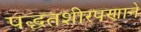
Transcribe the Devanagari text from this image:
पद्धतशीरपणाने